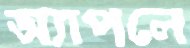
অ্যাপলে